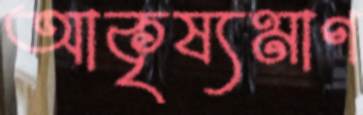
আকৃষ্যমাণ